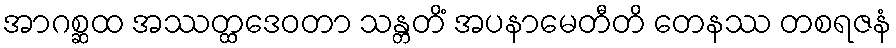
အာဂစ္ဆထ အဿတ္ထဒေဝတာ သန္တတိံ အပနာမေတီတိ တေနဿ တစရဇနံ